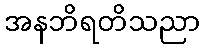
အနဘိရတိသညာ